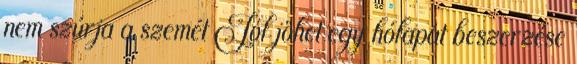
nem szúrja a szemét Jól jöhet egy hólapát beszerzése